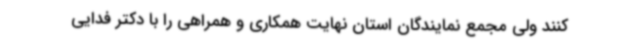
کنند ولی مجمع نمایندگان استان نهایت همکاری و همراهی را با دکتر فدایی